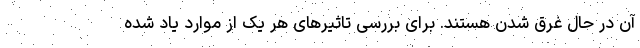
آن در حال غرق شدن هستند. برای بررسی تاثیرهای هر یک از موارد یاد شده